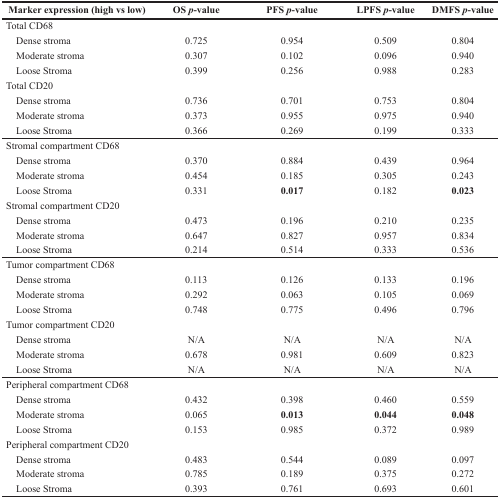
<table><thead><tr><td><b>Marker expression (high vs low)</b></td><td><b>OS <i>p</i>-value</b></td><td><b>PFS <i>p</i>-value</b></td><td><b>LPFS <i>p</i>-value</b></td><td><b>DMFS <i>p</i>-value</b></td></tr></thead><tbody><tr><td>Total CD68</td><td></td><td></td><td></td><td></td></tr><tr><td> Dense stroma</td><td>0.725</td><td>0.954</td><td>0.509</td><td>0.804</td></tr><tr><td> Moderate stroma</td><td>0.307</td><td>0.102</td><td>0.096</td><td>0.940</td></tr><tr><td> Loose Stroma</td><td>0.399</td><td>0.256</td><td>0.988</td><td>0.283</td></tr><tr><td>Total CD20</td><td></td><td></td><td></td><td></td></tr><tr><td> Dense stroma</td><td>0.736</td><td>0.701</td><td>0.753</td><td>0.804</td></tr><tr><td> Moderate stroma</td><td>0.373</td><td>0.955</td><td>0.975</td><td>0.940</td></tr><tr><td> Loose Stroma</td><td>0.366</td><td>0.269</td><td>0.199</td><td>0.333</td></tr><tr><td>Stromal compartment CD68</td><td></td><td></td><td></td><td></td></tr><tr><td> Dense stroma</td><td>0.370</td><td>0.884</td><td>0.439</td><td>0.964</td></tr><tr><td> Moderate stroma</td><td>0.454</td><td>0.185</td><td>0.305</td><td>0.243</td></tr><tr><td> Loose Stroma</td><td>0.331</td><td><b>0.017</b></td><td>0.182</td><td><b>0.023</b></td></tr><tr><td>Stromal compartment CD20</td><td></td><td></td><td></td><td></td></tr><tr><td> Dense stroma</td><td>0.473</td><td>0.196</td><td>0.210</td><td>0.235</td></tr><tr><td> Moderate stroma</td><td>0.647</td><td>0.827</td><td>0.957</td><td>0.834</td></tr><tr><td> Loose Stroma</td><td>0.214</td><td>0.514</td><td>0.333</td><td>0.536</td></tr><tr><td>Tumor compartment CD68</td><td></td><td></td><td></td><td></td></tr><tr><td> Dense stroma</td><td>0.113</td><td>0.126</td><td>0.133</td><td>0.196</td></tr><tr><td> Moderate stroma</td><td>0.292</td><td>0.063</td><td>0.105</td><td>0.069</td></tr><tr><td> Loose Stroma</td><td>0.748</td><td>0.775</td><td>0.496</td><td>0.796</td></tr><tr><td>Tumor compartment CD20</td><td></td><td></td><td></td><td></td></tr><tr><td> Dense stroma</td><td>N/A</td><td>N/A</td><td>N/A</td><td>N/A</td></tr><tr><td> Moderate stroma</td><td>0.678</td><td>0.981</td><td>0.609</td><td>0.823</td></tr><tr><td> Loose Stroma</td><td>N/A</td><td>N/A</td><td>N/A</td><td>N/A</td></tr><tr><td>Peripheral compartment CD68</td><td></td><td></td><td></td><td></td></tr><tr><td> Dense stroma</td><td>0.432</td><td>0.398</td><td>0.460</td><td>0.559</td></tr><tr><td> Moderate stroma</td><td>0.065</td><td><b>0.013</b></td><td><b>0.044</b></td><td><b>0.048</b></td></tr><tr><td> Loose Stroma</td><td>0.153</td><td>0.985</td><td>0.372</td><td>0.989</td></tr><tr><td>Peripheral compartment CD20</td><td></td><td></td><td></td><td></td></tr><tr><td> Dense stroma</td><td>0.483</td><td>0.544</td><td>0.089</td><td>0.097</td></tr><tr><td> Moderate stroma</td><td>0.785</td><td>0.189</td><td>0.375</td><td>0.272</td></tr><tr><td> Loose Stroma</td><td>0.393</td><td>0.761</td><td>0.693</td><td>0.601</td></tr></tbody></table>